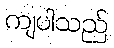
ကျပါသည်